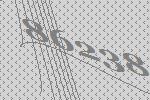
86238